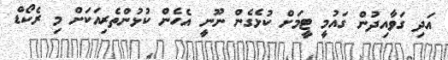
އަދި ގަވާއިދުން ގައުމީ ޓީމަށް ކުޅެގެން ނޫނީ އެހެން ކުޅުންތެރިއަކަށް މި ރެކޯޑް